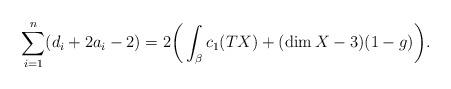
LaTeX: \begin{gather*}\sum_{i=1}^n (d_i + 2a_i-2) =2\bigg(\int_\beta c_1(TX) + (\dim X-3)(1-g)\bigg).\end{gather*}